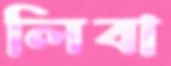
লিবা